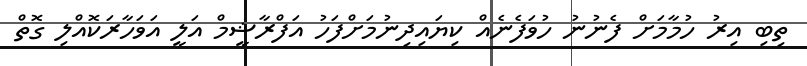
ތިބި އިރު ހުމާމަށް ފެނުނު ހުވަފެނެއް ކިޔައިދިނުމަށްފަހު އަފްރާޝީމް އަލީ އަވަހާރަކޮއްލި ގޮތް